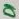
Text: D1